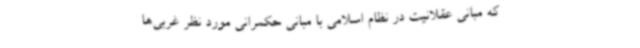
که مبانی عقلانیت در نظام اسلامی با مبانی حکمرانی مورد نظر غربی‌ها